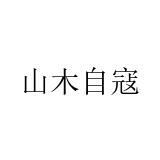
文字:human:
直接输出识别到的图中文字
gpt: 山木自寇